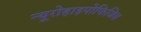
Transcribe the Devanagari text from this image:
न्यूरोहाइपोफिजिस